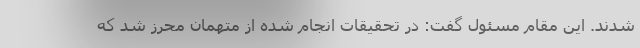
شدند. این مقام مسئول گفت: در تحقیقات انجام شده از متهمان محرز شد که